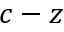
c - z